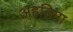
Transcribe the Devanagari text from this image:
अहतिमा